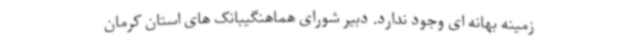
زمینه بهانه ای وجود ندارد. دبیر شورای هماهنگیبانک های استان کرمان